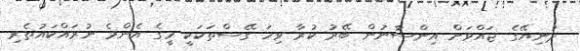
ދުނިޔޭގެ ޖައްވަށް އިންސާނުން ބޭރު ކުރާ ވިހަ ގޭސްތަކަކީ މީގެ އެންމެ ނުރައްކައުތެރި